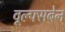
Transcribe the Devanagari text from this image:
वूल्फ्सबेन